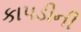
કાપડીની